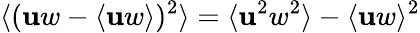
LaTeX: \langle(\mathbf{u}w-\langle\mathbf{u}w\rangle)^{2}\rangle=\langle\mathbf{u}^{2}w^{2}\rangle-\langle\mathbf{u}w\rangle^{2}